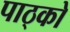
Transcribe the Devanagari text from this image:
पाठ्को